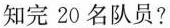
知完20名队员?